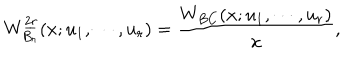
LaTeX: W _ { B _ { r } } ^ { \underline { { { 2 r } } } } ( x ; u _ { 1 } , \cdots , u _ { r } ) = { \frac { W _ { B C } ( x ; u _ { 1 } , \cdots , u _ { r } ) } { x } } ,